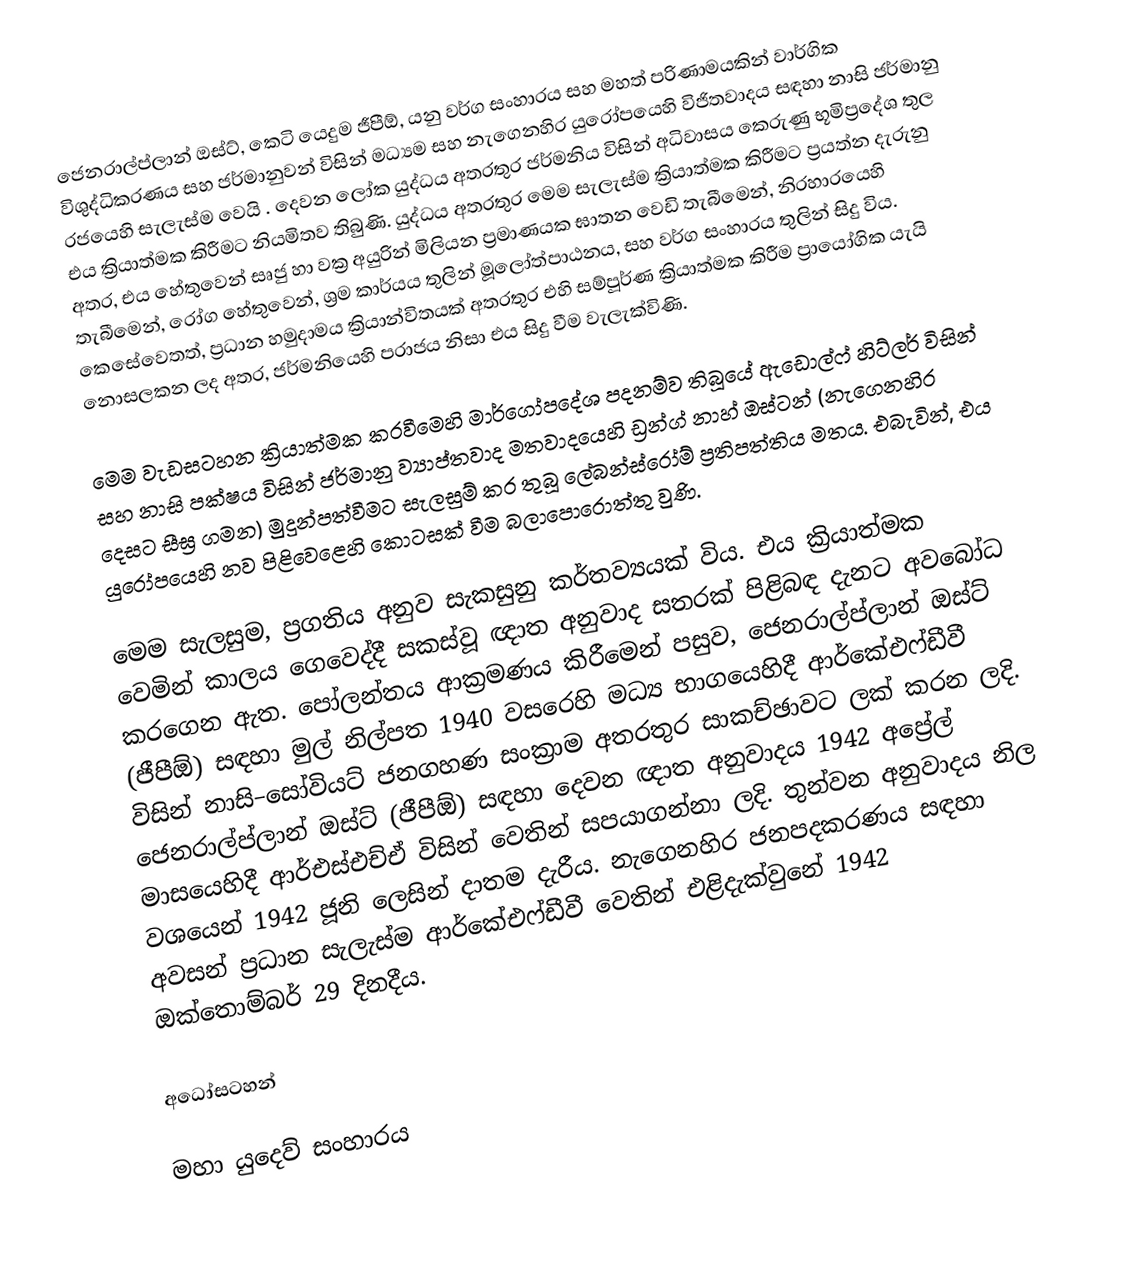
ජෙනරාල්ප්ලාන් ඔස්ට්, කෙටි යෙදුම ජීපීඕ, යනු වර්ග සංහාරය සහ මහත් පරිණාමයකින් වාර්ගික විශුද්ධිකරණය සහ ජර්මානුවන් විසින් මධ්‍යම සහ නැගෙනහිර යුරෝපයෙහි  විජිතවාදය සඳහා නාසි ජර්මානු රජයෙහි සැලැස්ම වෙයි  . දෙවන ලෝක යුද්ධය අතරතුර ජර්මනිය විසින් අධිවාසය කෙරුණු භූමිප්‍රදේශ තුල එය ක්‍රියාත්මක කිරීමට නියමිතව තිබුණි. යුද්ධය අතරතුර මෙම සැලැස්ම ක්‍රියාත්මක කිරීමට ප්‍රයත්න දැරුනු අතර, එය හේතුවෙන් සෘජු හා වක්‍ර අයුරින් මිලියන ප්‍රමාණයක ඝාතන වෙඩි තැබීමෙන්, නිරහාරයෙහි තැබීමෙන්, රෝග හේතුවෙන්, ශ්‍රම කාර්යය තුලින් මූලෝත්පාඨනය, සහ වර්ග සංහාරය තුලින් සිදු විය. කෙසේවෙතත්, ප්‍රධාන හමුදාමය ක්‍රියාන්විතයක් අතරතුර එහි සම්පූර්ණ ක්‍රියාත්මක කිරීම ප්‍රායෝගික යැයි නොසලකන ලද අතර, ජර්මනියෙහි පරාජය නිසා එය සිදු වීම වැලැක්විණි.

මෙම වැඩසටහන ක්‍රියාත්මක කරවීමෙහි මාර්ගෝපදේශ පදනම්ව තිබූයේ ඇඩොල්ෆ් හිට්ලර් විසින් සහ නාසි පක්ෂය විසින් ජර්මානු ව්‍යාප්තවාද මතවාදයෙහි  ඩ්‍රන්ග්  නාහ් ඔස්ටන් (නැගෙනහිර දෙසට සීඝ්‍ර ගමන) මුදුන්පත්වීමට සැලසුම් කර තුබූ ලේබන්ස්රෝම් ප්‍රතිපත්තිය මතය. එබැවින්, එය යුරෝපයෙහි  නව පිළිවෙළෙහි කොටසක් වීම බලාපොරොත්තු වුණි.

මෙම සැලසුම, ප්‍රගතිය අනුව සැකසුනු කර්තව්‍යයක් විය. එය ක්‍රියාත්මක වෙමින් කාලය ගෙවෙද්දී සකස්වූ ඥාත අනුවාද සතරක් පිළිබඳ දැනට අවබෝධ කරගෙන ඇත. පෝලන්තය ආක්‍රමණය කිරීමෙන් පසුව, ජෙනරාල්ප්ලාන් ඔස්ට් (ජීපීඕ) සඳහා මුල් නිල්පත 1940 වසරෙහි මධ්‍ය භාගයෙහිදී  ආර්කේඑෆ්ඩීවී විසින් නාසි–සෝවියට් ජනගහණ සංක‍්‍රාම අතරතුර සාකච්ඡාවට ලක් කරන ලදි. ජෙනරාල්ප්ලාන් ඔස්ට් (ජීපීඕ) සඳහා දෙවන ඥාත අනුවාදය 1942 අප්‍රේල් මාසයෙහිදී ආර්එස්එච්ඒ විසින්  වෙතින් සපයාගන්නා ලදි. තුන්වන අනුවාදය නිල වශයෙන් 1942 ජූනි ලෙසින් දාතම දැරීය. නැගෙනහිර ජනපදකරණය සඳහා අවසන් ප්‍රධාන සැලැස්ම ආර්කේඑෆ්ඩීවී වෙතින් එළිදැක්වුනේ 1942 ඔක්තොම්බර් 29 දිනදීය.

අධෝසටහන්

මහා යුදෙව් සංහාරය